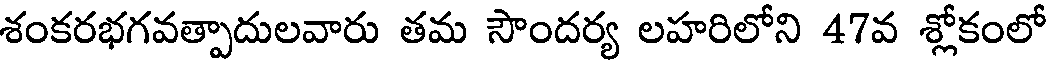
శంకరభగవత్పాదులవారు తమ సౌందర్య లహరిలోని 47వ శ్లోకంలో